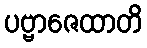
ပဗ္ဗာဇေထာတိ